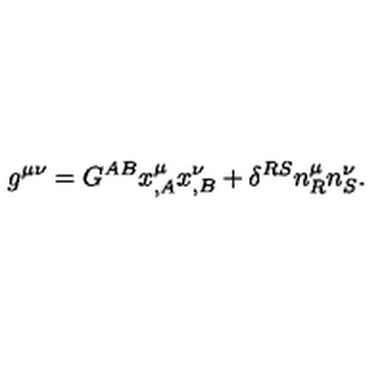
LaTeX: g ^ { \mu \nu } = G ^ { A B } x _ { , A } ^ { \mu } x _ { , B } ^ { \nu } + \delta ^ { R S } n _ { R } ^ { \mu } n _ { S } ^ { \nu } .